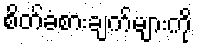
စိတ်ခံစားချက်များကို